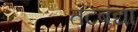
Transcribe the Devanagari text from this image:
तटबंद्या